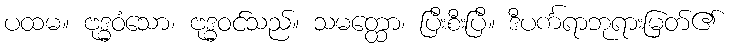
ပထမ။ ဗုဒ္ဓဝံသော၊ ဗုဒ္ဓဝင်သည်။ သမတ္ထော၊ ပြီးစီးပြီ။ ဒီပင်္ကရာဘုရားမြတ်၏